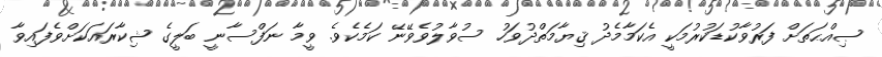
ޞިއްޙަތަށް ފަރުވާކުޑަކުރުމަކީ އެކަމާމެދު ޤިޔާމަތްދުވަހު ސުވާލުވެވޭނޭ ކަމެކެވެ. ވީމާ ނަފްސާނީ ބަލީގެ ޝިކާރައަކަށްވެފައިވާ